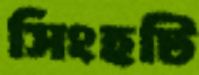
সিংহটি